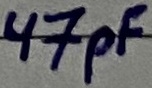
Text: 47pF